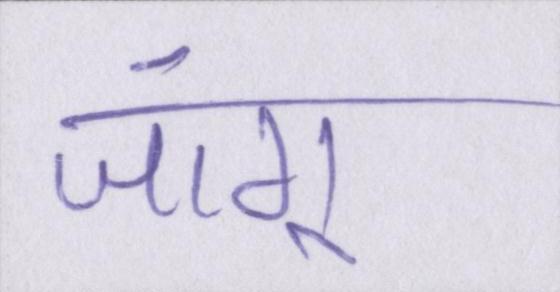
जांगू